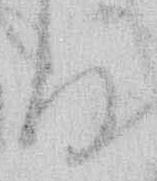
る